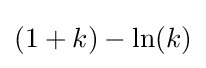
(1+k)-\ln(k)